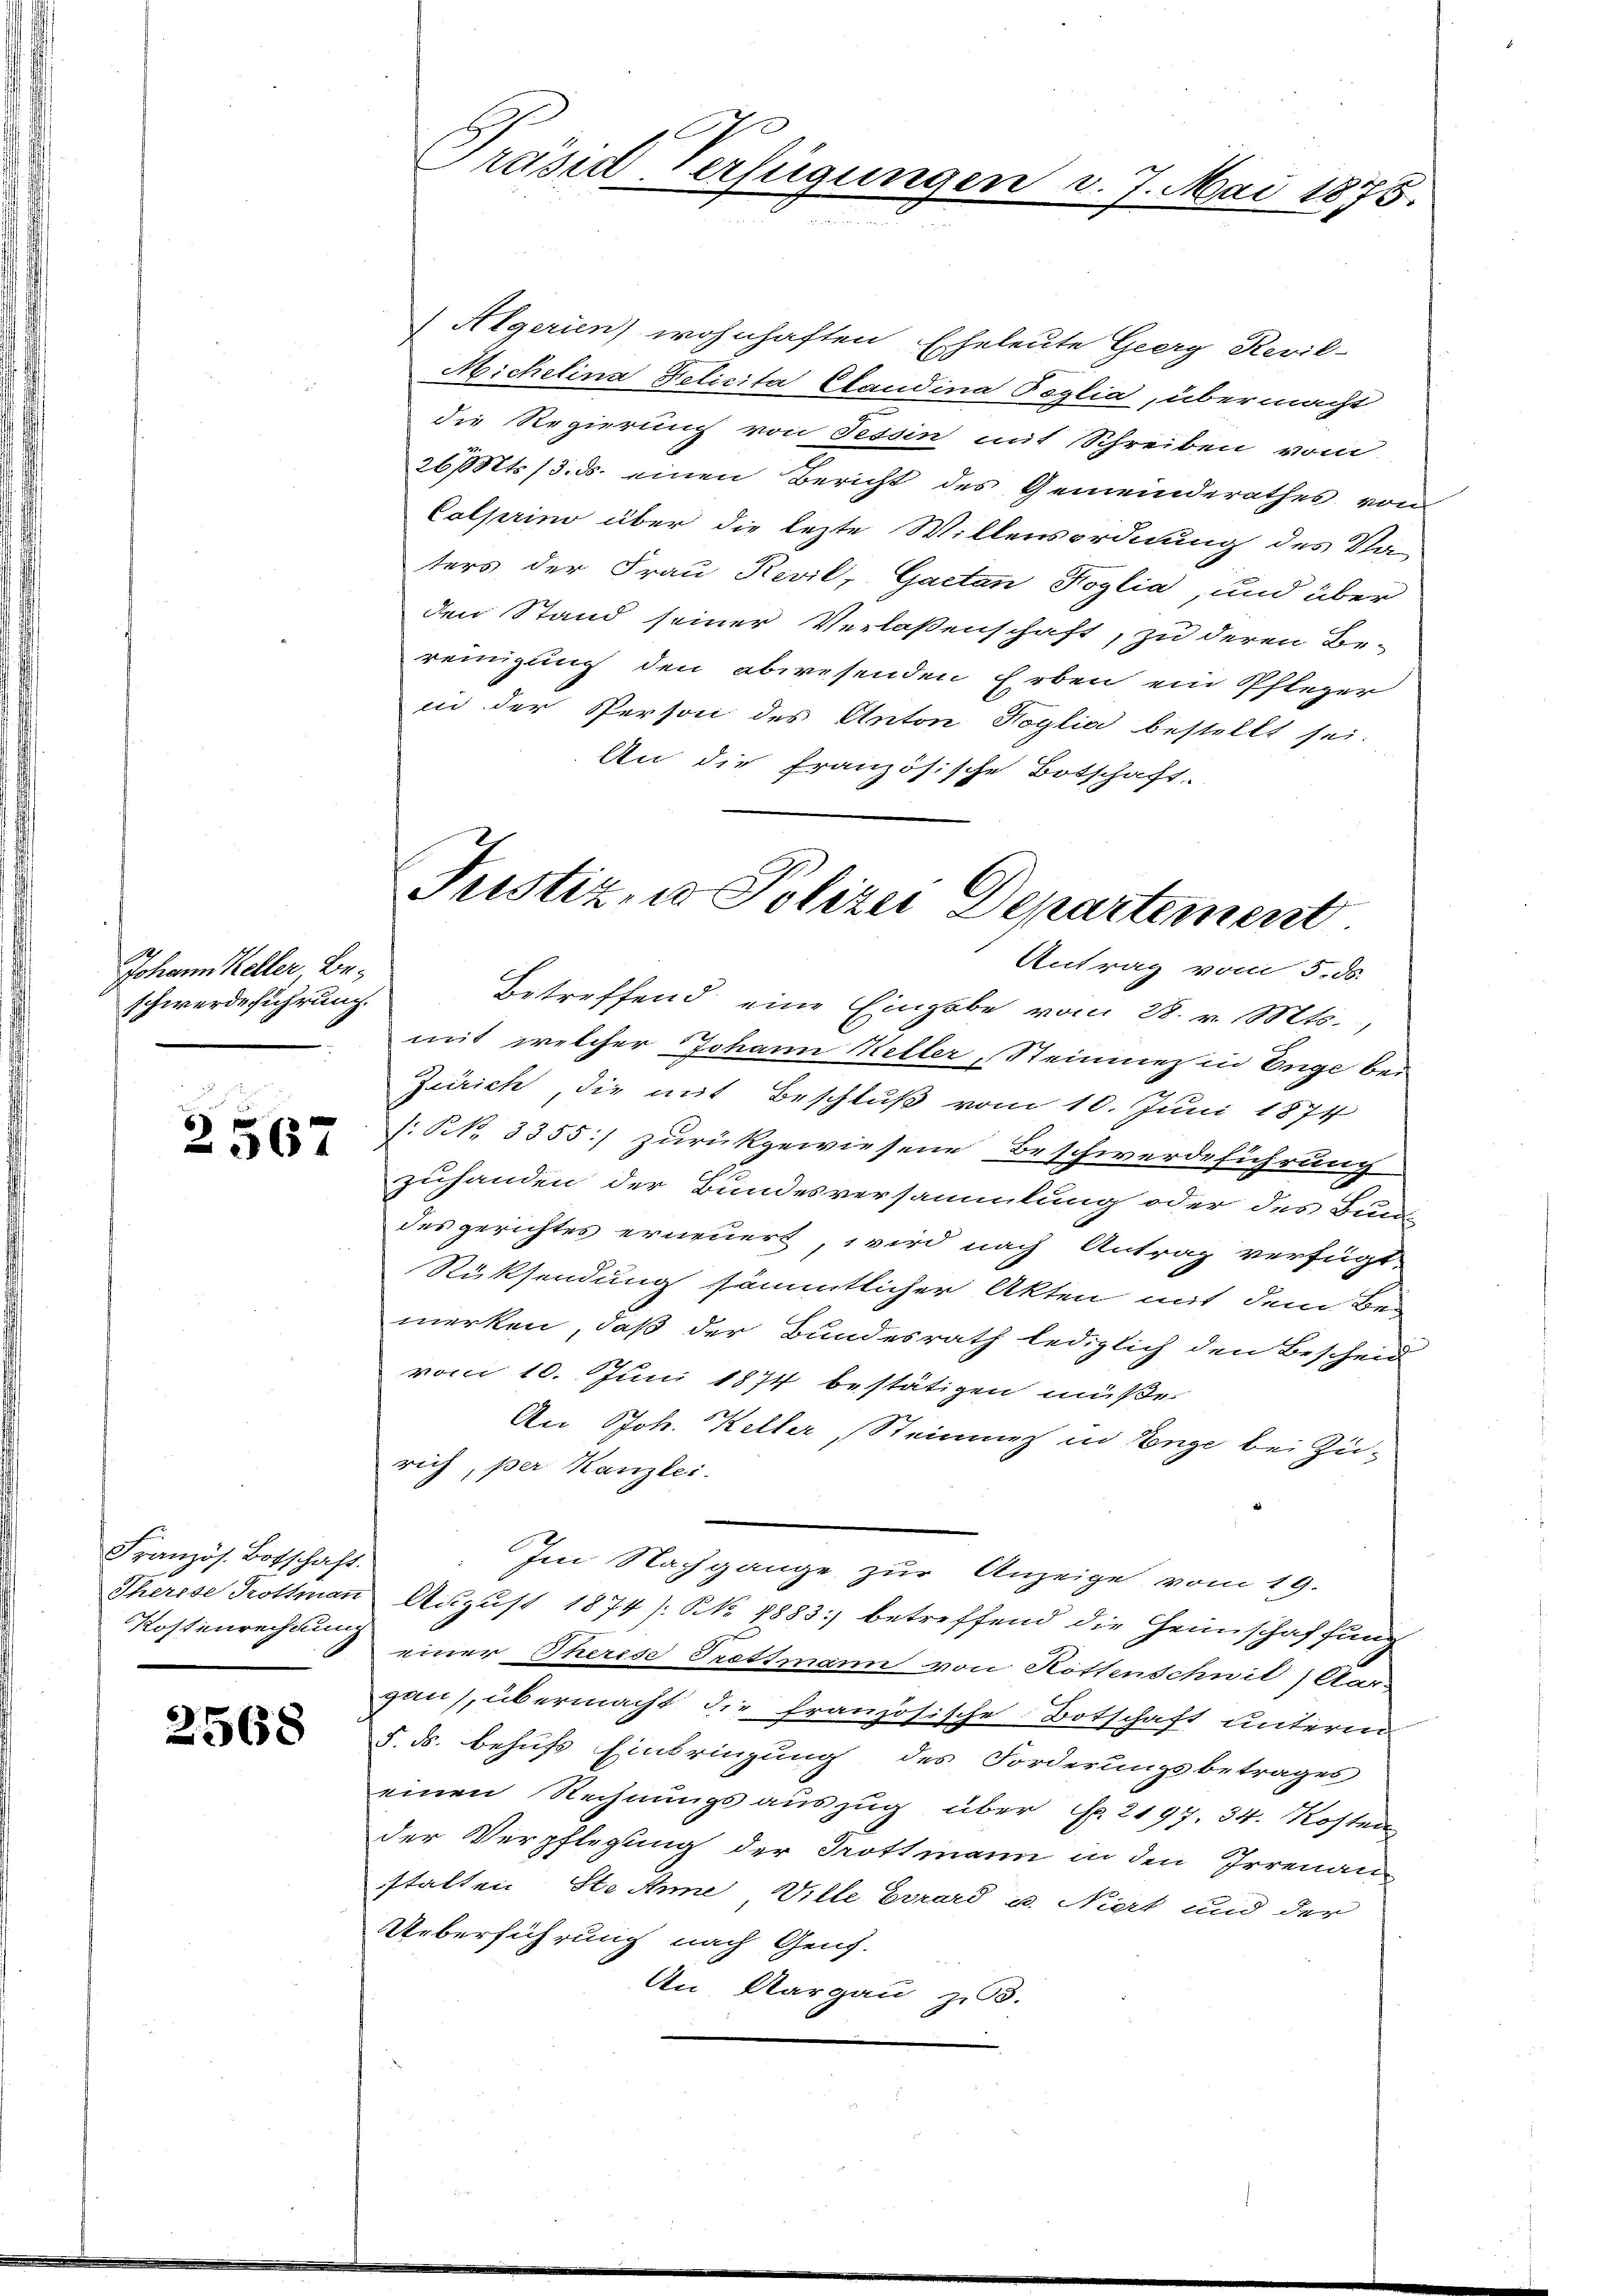
Johann Keller, Beschwerdeführung.

6
567

Französ. Botschaft.
Kostenrechnung.

2568

Algerien) wohnhaften Eheleute Georg Revil-
Michelina Felicita Candina Poglia, übermacht
die Regierung von Tessin mit Schreiben vom
26 Mts. 13. ds. einen Bericht des Gemeinderathes von
Colprino über die lezte Willensordnung des Va
ters der Frau Revil, Gaetan Koglia, und über
den Stand seiner Verlaßenschaft, zu deren Be-
reinigung den abwesenden Erben ein Pfleger
in der Person des Anton Roglia bestellt sei.
An die französische Botschaft-
betreffend eine Eingabe vom 28. v. Mts.,
mit welcher Johann Wetter, Steinmez in Enge bei
Zürich, die auf Beschluß vom 10. Juni 1874
/. N. 3355:/ zurückgewiesene Beschwerdeführung
zuhanden der Bundesversammlung oder des Bun-
des gerichtes erneuert, wird nach Antrag verfügt
Rücksendung sämmtlicher Akten mit dem Be-
merken, daß der Bundesrath lediglich den Bescheid
vom 10. Juni 1874 bestätigen müße.
An Joh. Keller, Steinweg in Enge bei Zurich, per Kanzlei.
Im Nachgange zur Anzeige vom 19.
Therese Trottman August 1874): No 8883) betreffend die Heimschaffung
einer Therise Trettmann von Höthenschwil (Aars
gau), übermacht die französische Botschaft unterm
§. ds. behufs Einbringung des Forderungsbetrages
einen Rechnungsauszug über Fr. 2197. 34. Kosten
der Verpflegung der Trottmann in den Irrenan-
stalten Ste Anne Wille Errard u. Niert und der
Ueberführung nach Genf.
An Aargau zu.

Präsid-Verfügungen

7. Mai 1875.

Justiz, u. Polizei Departement
Antrag vom 5. ds.